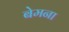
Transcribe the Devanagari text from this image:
बेमना